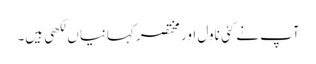
آپ نے کئی ناول اور مختصر کہانیاں لکھی ہیں۔